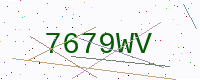
Text: 7679WV